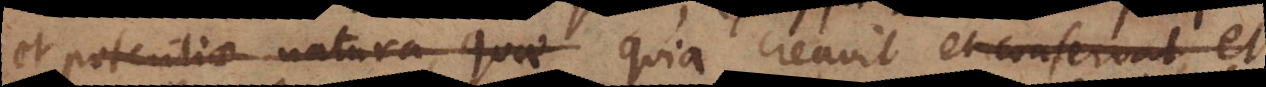
et potentiae natura, quae quia creavit et conservat,